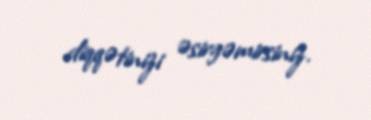
diqqətinizi əsirgəmirsiniz.